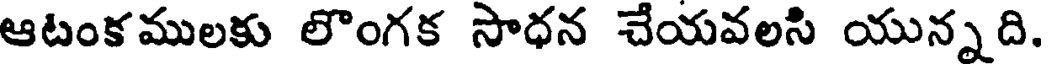
ఆటంకములకు లొంగక సాధన చేయవలసి యున్నది.